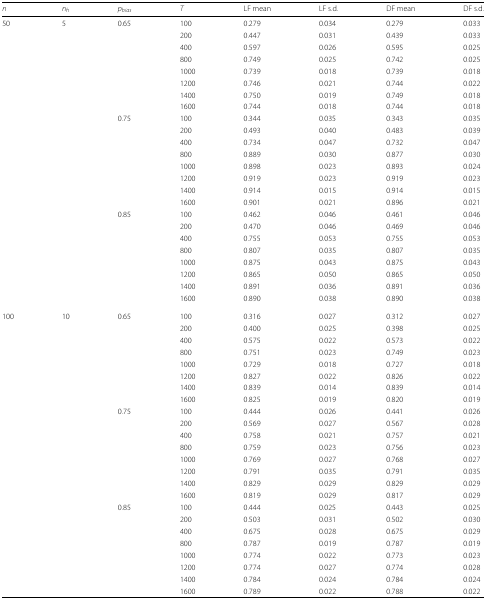
<table><thead><tr><td><b><i>n</i></b></td><td><b><i>n</i><sub><i>h</i></sub></b></td><td><b><i>p</i><sub><i>bias</i></sub></b></td><td><b><i>T</i></b></td><td><b>LF mean</b></td><td><b>LF s.d.</b></td><td><b>DF mean</b></td><td><b>DF s.d.</b></td></tr></thead><tbody><tr><td>50</td><td>5</td><td>0.65</td><td>100</td><td>0.279</td><td>0.034</td><td>0.279</td><td>0.033</td></tr><tr><td></td><td></td><td></td><td>200</td><td>0.447</td><td>0.031</td><td>0.439</td><td>0.033</td></tr><tr><td></td><td></td><td></td><td>400</td><td>0.597</td><td>0.026</td><td>0.595</td><td>0.025</td></tr><tr><td></td><td></td><td></td><td>800</td><td>0.749</td><td>0.025</td><td>0.742</td><td>0.025</td></tr><tr><td></td><td></td><td></td><td>1000</td><td>0.739</td><td>0.018</td><td>0.739</td><td>0.018</td></tr><tr><td></td><td></td><td></td><td>1200</td><td>0.746</td><td>0.021</td><td>0.744</td><td>0.022</td></tr><tr><td></td><td></td><td></td><td>1400</td><td>0.750</td><td>0.019</td><td>0.749</td><td>0.018</td></tr><tr><td></td><td></td><td></td><td>1600</td><td>0.744</td><td>0.018</td><td>0.744</td><td>0.018</td></tr><tr><td></td><td></td><td>0.75</td><td>100</td><td>0.344</td><td>0.035</td><td>0.343</td><td>0.035</td></tr><tr><td></td><td></td><td></td><td>200</td><td>0.493</td><td>0.040</td><td>0.483</td><td>0.039</td></tr><tr><td></td><td></td><td></td><td>400</td><td>0.734</td><td>0.047</td><td>0.732</td><td>0.047</td></tr><tr><td></td><td></td><td></td><td>800</td><td>0.889</td><td>0.030</td><td>0.877</td><td>0.030</td></tr><tr><td></td><td></td><td></td><td>1000</td><td>0.898</td><td>0.023</td><td>0.893</td><td>0.024</td></tr><tr><td></td><td></td><td></td><td>1200</td><td>0.919</td><td>0.023</td><td>0.919</td><td>0.023</td></tr><tr><td></td><td></td><td></td><td>1400</td><td>0.914</td><td>0.015</td><td>0.914</td><td>0.015</td></tr><tr><td></td><td></td><td></td><td>1600</td><td>0.901</td><td>0.021</td><td>0.896</td><td>0.021</td></tr><tr><td></td><td></td><td>0.85</td><td>100</td><td>0.462</td><td>0.046</td><td>0.461</td><td>0.046</td></tr><tr><td></td><td></td><td></td><td>200</td><td>0.470</td><td>0.046</td><td>0.469</td><td>0.046</td></tr><tr><td></td><td></td><td></td><td>400</td><td>0.755</td><td>0.053</td><td>0.755</td><td>0.053</td></tr><tr><td></td><td></td><td></td><td>800</td><td>0.807</td><td>0.035</td><td>0.807</td><td>0.035</td></tr><tr><td></td><td></td><td></td><td>1000</td><td>0.875</td><td>0.043</td><td>0.875</td><td>0.043</td></tr><tr><td></td><td></td><td></td><td>1200</td><td>0.865</td><td>0.050</td><td>0.865</td><td>0.050</td></tr><tr><td></td><td></td><td></td><td>1400</td><td>0.891</td><td>0.036</td><td>0.891</td><td>0.036</td></tr><tr><td></td><td></td><td></td><td>1600</td><td>0.890</td><td>0.038</td><td>0.890</td><td>0.038</td></tr><tr><td>100</td><td>10</td><td>0.65</td><td>100</td><td>0.316</td><td>0.027</td><td>0.312</td><td>0.027</td></tr><tr><td></td><td></td><td></td><td>200</td><td>0.400</td><td>0.025</td><td>0.398</td><td>0.025</td></tr><tr><td></td><td></td><td></td><td>400</td><td>0.575</td><td>0.022</td><td>0.573</td><td>0.022</td></tr><tr><td></td><td></td><td></td><td>800</td><td>0.751</td><td>0.023</td><td>0.749</td><td>0.023</td></tr><tr><td></td><td></td><td></td><td>1000</td><td>0.729</td><td>0.018</td><td>0.727</td><td>0.018</td></tr><tr><td></td><td></td><td></td><td>1200</td><td>0.827</td><td>0.022</td><td>0.826</td><td>0.022</td></tr><tr><td></td><td></td><td></td><td>1400</td><td>0.839</td><td>0.014</td><td>0.839</td><td>0.014</td></tr><tr><td></td><td></td><td></td><td>1600</td><td>0.825</td><td>0.019</td><td>0.820</td><td>0.019</td></tr><tr><td></td><td></td><td>0.75</td><td>100</td><td>0.444</td><td>0.026</td><td>0.441</td><td>0.026</td></tr><tr><td></td><td></td><td></td><td>200</td><td>0.569</td><td>0.027</td><td>0.567</td><td>0.028</td></tr><tr><td></td><td></td><td></td><td>400</td><td>0.758</td><td>0.021</td><td>0.757</td><td>0.021</td></tr><tr><td></td><td></td><td></td><td>800</td><td>0.759</td><td>0.023</td><td>0.756</td><td>0.023</td></tr><tr><td></td><td></td><td></td><td>1000</td><td>0.769</td><td>0.027</td><td>0.768</td><td>0.027</td></tr><tr><td></td><td></td><td></td><td>1200</td><td>0.791</td><td>0.035</td><td>0.791</td><td>0.035</td></tr><tr><td></td><td></td><td></td><td>1400</td><td>0.829</td><td>0.029</td><td>0.829</td><td>0.029</td></tr><tr><td></td><td></td><td></td><td>1600</td><td>0.819</td><td>0.029</td><td>0.817</td><td>0.029</td></tr><tr><td></td><td></td><td>0.85</td><td>100</td><td>0.444</td><td>0.025</td><td>0.443</td><td>0.025</td></tr><tr><td></td><td></td><td></td><td>200</td><td>0.503</td><td>0.031</td><td>0.502</td><td>0.030</td></tr><tr><td></td><td></td><td></td><td>400</td><td>0.675</td><td>0.028</td><td>0.675</td><td>0.029</td></tr><tr><td></td><td></td><td></td><td>800</td><td>0.787</td><td>0.019</td><td>0.787</td><td>0.019</td></tr><tr><td></td><td></td><td></td><td>1000</td><td>0.774</td><td>0.022</td><td>0.773</td><td>0.023</td></tr><tr><td></td><td></td><td></td><td>1200</td><td>0.774</td><td>0.027</td><td>0.774</td><td>0.028</td></tr><tr><td></td><td></td><td></td><td>1400</td><td>0.784</td><td>0.024</td><td>0.784</td><td>0.024</td></tr><tr><td></td><td></td><td></td><td>1600</td><td>0.789</td><td>0.022</td><td>0.788</td><td>0.022</td></tr></tbody></table>